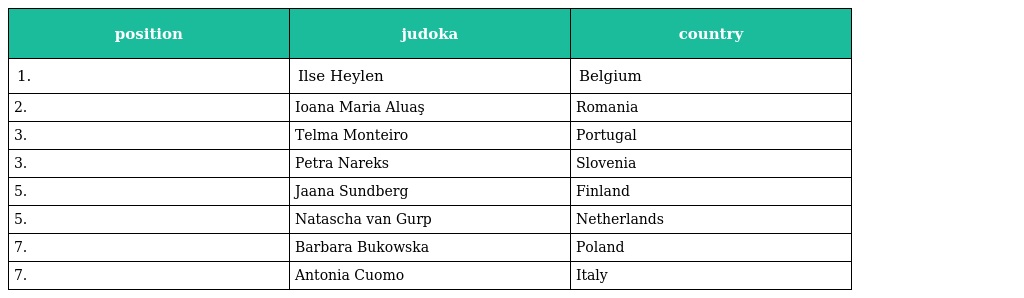
| position | judoka | country |
 | --- | --- | --- |
 | 1. | Ilse Heylen | Belgium |
 | 2. | Ioana Maria Aluaş | Romania |
 | 3. | Telma Monteiro | Portugal |
 | 3. | Petra Nareks | Slovenia |
 | 5. | Jaana Sundberg | Finland |
 | 5. | Natascha van Gurp | Netherlands |
 | 7. | Barbara Bukowska | Poland |
 | 7. | Antonia Cuomo | Italy |